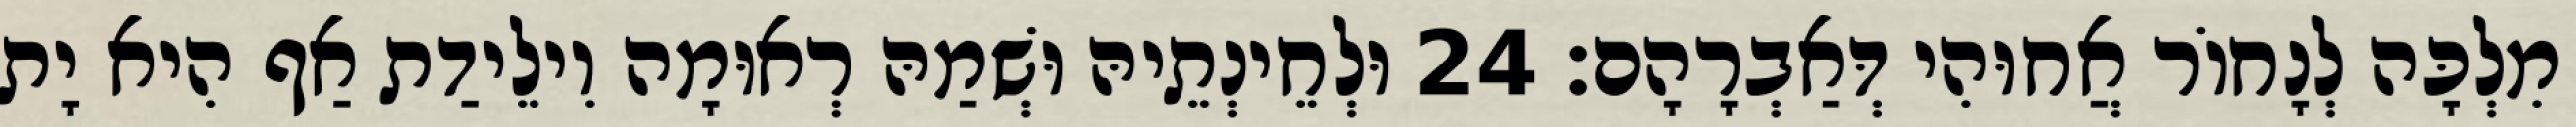
מִלְכָּה לְנָחוֹר אֲחוּהִי דְּאַבְרָהָם׃ 24 וּלְחֵינְתֵיהּ וּשְׁמַהּ רְאוּמָה וִילֵידַת אַף הִיא יָת